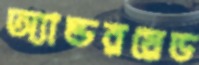
অ্যান্ডরয়েড